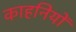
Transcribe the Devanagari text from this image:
काहनियों